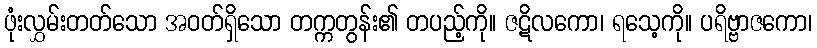
ဖုံးလွှမ်းတတ်သော အဝတ်ရှိသော တက္ကတွန်း၏ တပည့်ကို။ ဇဋိလကော၊ ရသေ့ကို။ ပရိဗ္ဗာဇကော၊